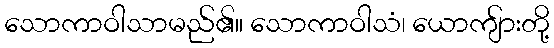
သောကာဝါသာမည်၏။ သောကာဝါသံ၊ ယောကျ်ားတို့